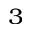
^ { 3 }